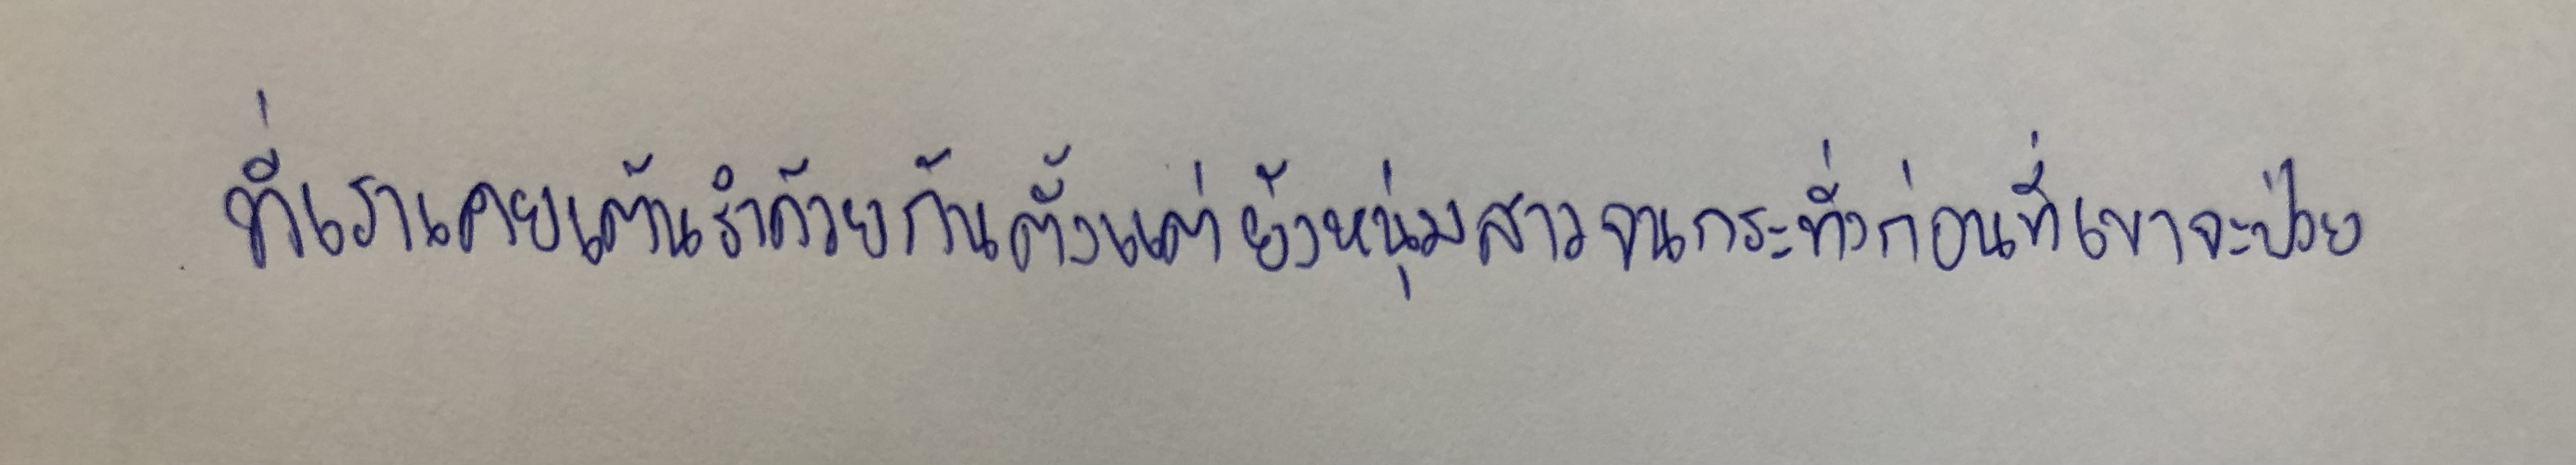
ที่เราเคยเต้นรำด้วยกันตั้งแต่ยังหนุ่มสาวจนกระทั่งก่อนที่เขาจะป่วย